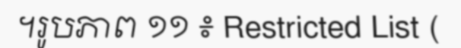
។រូបភាព ១១ ៖ Restricted List (